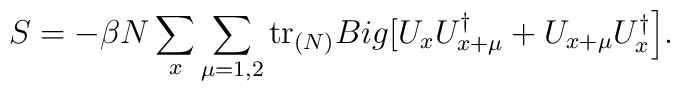
S=-\beta N\sum_{x}\sum_{\mu=1,2}\mathrm{tr}_{(N)} \\Big[U_xU^\dag_{x+\mu}+U_{x+\mu}U^\dag_x\Big].